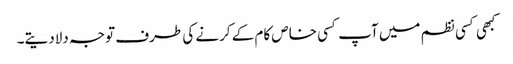
کبھی کسی نظم میں آپ کسی خاص کام کے کرنے کی طرف توجہ دلادیتے۔